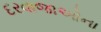
દરવાજાઓના